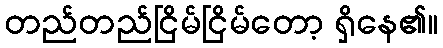
တည်တည်ငြိမ်ငြိမ်တော့ ရှိနေ၏။